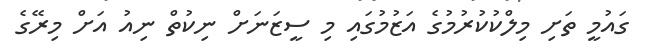
ގައުމީ ތަށި މިލްކުކުރުމުގެ އަޒުމުގައި މި ސީޒަނަށް ނިކުތް ނިއު އަށް މިރޭގެ